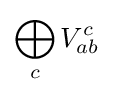
\bigoplus _{c}V_{ab}^{c}